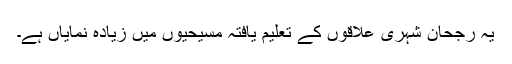
یہ رجحان شہری علاقوں کے تعلیم یافتہ مسیحیوں میں زیادہ نمایاں ہے۔